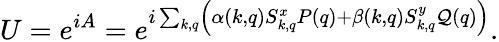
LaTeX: U=e^{iA}=e^{i\sum_{k,q}\left(\alpha(k,q)S_{k,q}^{x}P(q)+\beta(k,q)S_{k,q}^{y}\mathcal{Q}(q)\right)}.